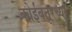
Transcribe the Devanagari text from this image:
कोईंबतूरच्या